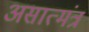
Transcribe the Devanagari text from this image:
असात्मंत्र